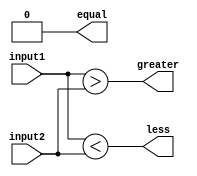
module comparator(
    input [15:0] input1,
    input [15:0] input2,
    output equal,
    output greater,
    output less
);

wire [15:0] equal_bits;

assign equal_bits = input1 == input2;

assign equal = (equal_bits[15] & equal_bits[14] & equal_bits[13] & equal_bits[12] & 
                equal_bits[11] & equal_bits[10] & equal_bits[9] & equal_bits[8] & 
                equal_bits[7] & equal_bits[6] & equal_bits[5] & equal_bits[4] & 
                equal_bits[3] & equal_bits[2] & equal_bits[1] & equal_bits[0]);

assign greater = (input1 > input2);

assign less = (input1 < input2);

endmodule